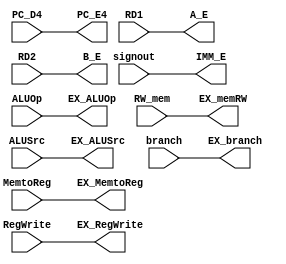
module ID_EX(PC_D4, RD1, RD2, signout, ALUSrc, ALUOp, branch, RW_mem, MemtoReg, RegWrite,  
PC_E4, A_E, B_E, IMM_E, EX_ALUSrc, EX_ALUOp, EX_branch, EX_memRW, EX_MemtoReg, EX_RegWrite);

    input [31:0] PC_D4;
    input [31:0] RD1;
    input [31:0] RD2;
    input [31:0] signout;
    input ALUSrc;
    input [1:0] ALUOp;
    input branch;
    input RW_mem;
    input MemtoReg;
    input RegWrite;

    output reg [31:0] PC_E4;
    output reg [31:0] A_E;
    output reg [31:0] B_E;
    output reg [31:0] IMM_E;
    output reg EX_ALUSrc;
    output reg [1:0] EX_ALUOp;
    output reg EX_branch;
    output reg EX_memRW;
    output reg EX_MemtoReg;
    output reg EX_RegWrite;
    



    always @(*) begin
        PC_E4 <= PC_D4;
        A_E <= RD1;
        B_E <= RD2;
        IMM_E <= signout;
        EX_ALUSrc <= ALUSrc;
        EX_ALUOp <= ALUOp;
        EX_branch <= branch;
        EX_memRW <= RW_mem;
        EX_MemtoReg <= MemtoReg;
        EX_RegWrite <= RegWrite;
    end


endmodule